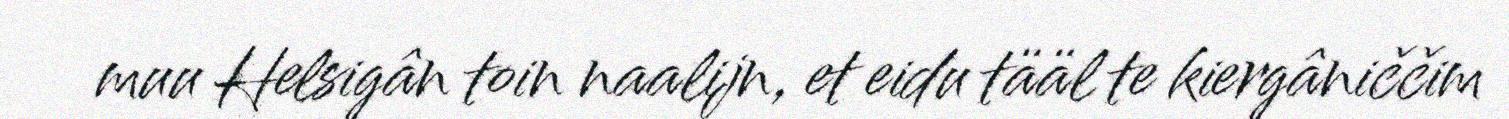
muu Helsigân toin naalijn, et eidu tääl te kiergâniččim